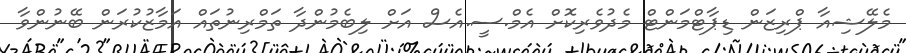
މެލޭޝިއާ ޕްރިޒަން ޑިޕާޓްމަންޓް މެދުވެރިކޮށް އެމް.ސީ.އެސް އަށް ލިބެމުންދާ ތަމްރިނުތައް އަމާޒުކުރަން ބޭނުންވާ